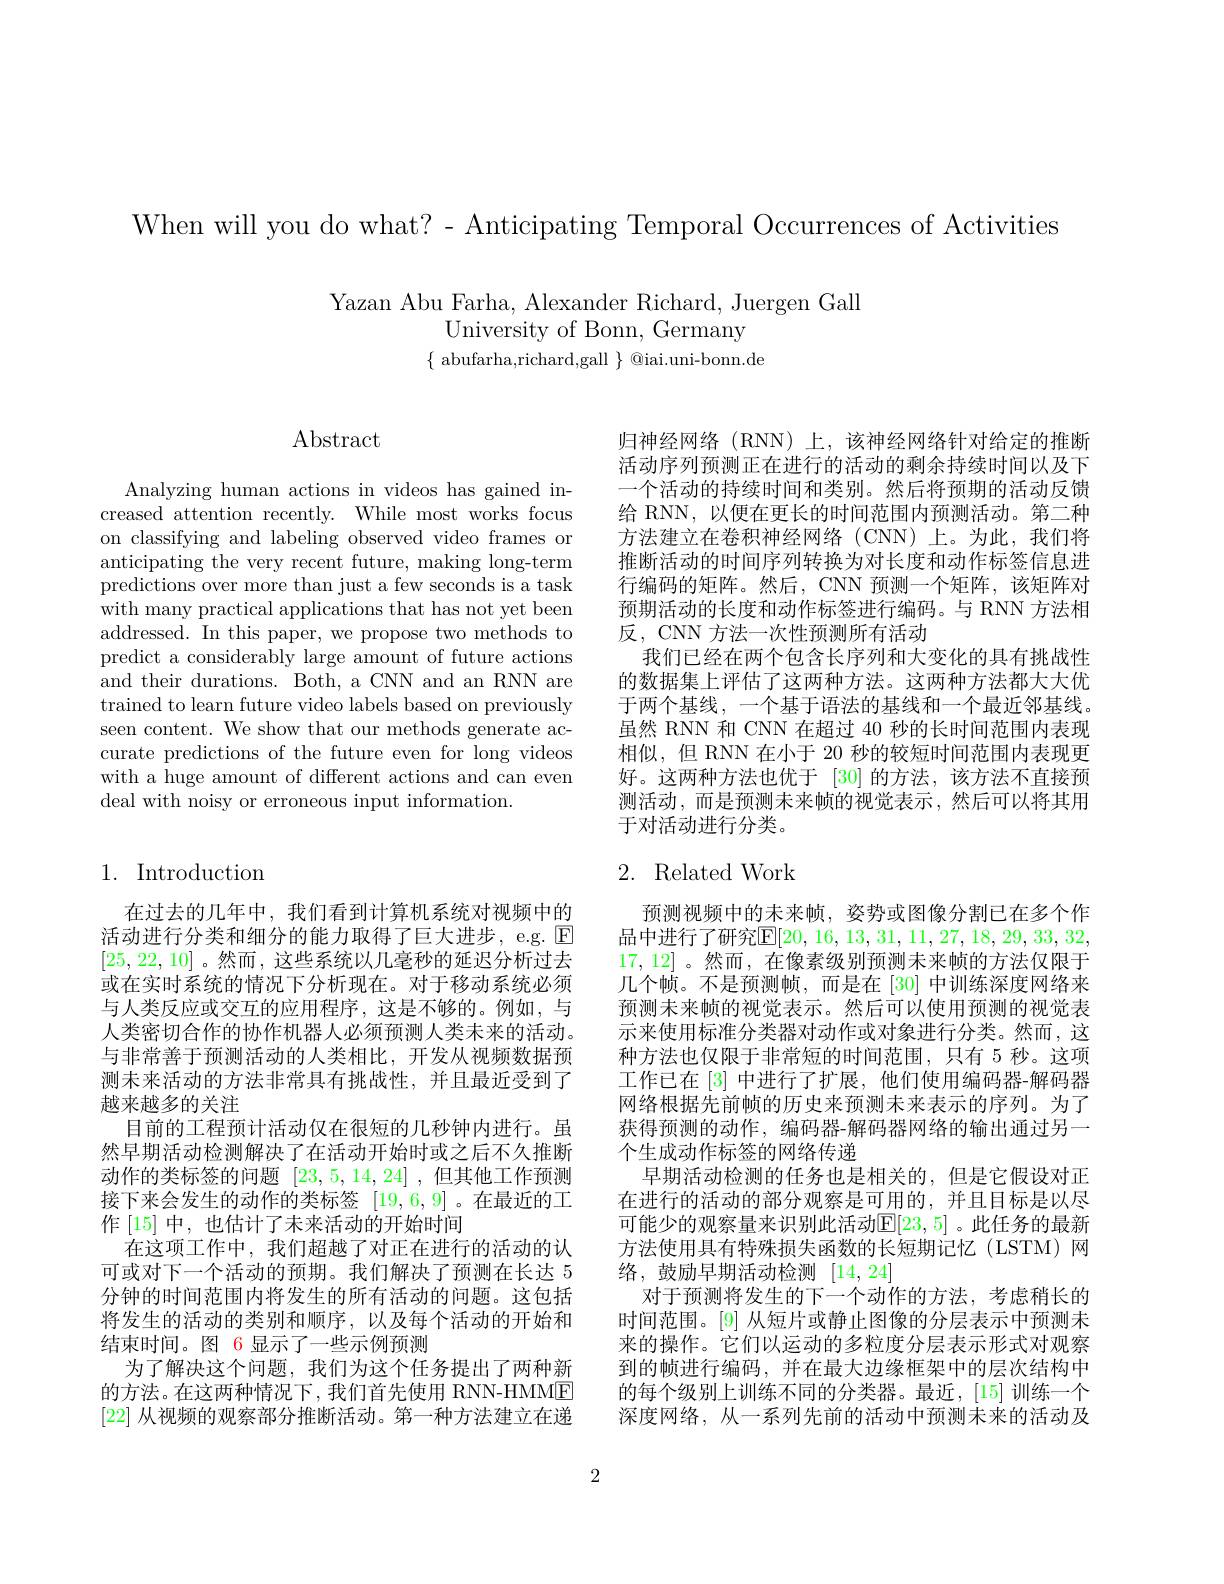
When will you do what? - Anticipating Temporal Occurrences of Activities

Yazan Abu Farha, Alexander Richard, Juergen Gall
University of Bonn, Germany
$\{$ abufarha,richard,gall $\}$ @iai.uni-bonn.de

# $\operatorname{Abstract}$

Analyzing human actions in videos has gained increased attention recently. While most works focus on classifying and labeling observed video frames or anticipating the very recent future, making long-term predictions over more than just a few seconds is a task with many practical applications that has not yet been addressed. In this paper, we propose two methods to predict a considerably large amount of future actions and their durations. Both, a CNN and an RNN are trained to learn future video labels based on previously seen content. We show that our methods generate accurate predictions of the future even for long videos with a huge amount of different actions and can even deal with noisy or erroneous input information.

# 1. Introduction

在过去的几年中，我们看到计算机系统对视频中的活动进行分类和细分的能力取得了巨大进步，e.g. $\operatorname{E}$ [25,22,10] 。然而 ,这些系统以几毫秒的延迟分析过去或在实时系统的情况下分析现在。对于移动系统必须与人类反应或交互的应用程序，这是不够的。例如，与人类密切合作的协作机器人必须预测人类未来的活动。与非常善于预测活动的人类相比，开发从视频数据预测未来活动的方法非常具有挑战性，并且最近受到了越来越多的关注
目前的工程预计活动仅在很短的几秒钟内进行。虽然早期活动检测解决了在活动开始时或之后不久推断动作的类标签的问题[23,5,14,24] ,但其他工作预测接下来会发生的动作的类标签[19,6,9] 。在最近的工作 [15] 中，也估计了未来活动的开始时间
在这项工作中，我们超越了对正在进行的活动的认可或对下一个活动的预期。我们解决了预测在长达 5分钟的时间范围内将发生的所有活动的问题。这包括将发生的活动的类别和顺序，以及每个活动的开始和结束时间。图 6 显示了一些示例预测
为了解决这个问题，我们为这个任务提出了两种新的方法。在这两种情况下，我们首先使用 RNN-HMME [22]从视频的观察部分推断活动。第一种方法建立在递

归神经网络(RNN)上，该神经网络针对给定的推断活动序列预测正在进行的活动的剩余持续时间以及下一个活动的持续时间和类别。然后将预期的活动反馈给 RNN, 以便在更长的时间范围内预测活动。第二种方法建立在卷积神经网络(CNN)上。为此，我们将推断活动的时间序列转换为对长度和动作标签信息进行编码的矩阵。然后，CNN 预测一个矩阵，该矩阵对预期活动的长度和动作标签进行编码。与 RNN 方法相反，CNN 方法一次性预测所有活动
我们已经在两个包含长序列和大变化的具有挑战性的数据集上评估了这两种方法。这两种方法都大大优于两个基线，一个基于语法的基线和一个最近邻基线。虽然 RNN 和 CNN 在超过 40 秒的长时间范围内表现相似，但 RNN 在小于 20 秒的较短时间范围内表现更好。这两种方法也优于[30]的方法，该方法不直接预测活动，而是预测未来帧的视觉表示，然后可以将其用于对活动进行分类。

# 2. Related Work

预测视频中的未来帧，姿势或图像分割已在多个作品中进行了研究$\mathbb{E}[20,16,13,31,11,27,18,29,33,32$, 17,12] 。然而，在像素级别预测未来帧的方法仅限于几个帧。不是预测帧，而是在[30]中训练深度网络来预测未来帧的视觉表示。然后可以使用预测的视觉表示来使用标准分类器对动作或对象进行分类。然而，这种方法也仅限于非常短的时间范围，只有 5 秒。这项工作已在[3]中进行了扩展，他们使用编码器-解码器网络根据先前帧的历史来预测未来表示的序列。为了获得预测的动作，编码器-解码器网络的输出通过另一个生成动作标签的网络传递
早期活动检测的任务也是相关的，但是它假设对正在进行的活动的部分观察是可用的，并且目标是以尽可能少的观察量来识别此活动$\mathbb{E}[23,5]$ 。此任务的最新方法使用具有特殊损失函数的长短期记忆(LSTM)网络，鼓励早期活动检测 [14,24]
对于预测将发生的下一个动作的方法，考虑稍长的时间范围。[9] 从短片或静止图像的分层表示中预测未来的操作。它们以运动的多粒度分层表示形式对观察到的帧进行编码，并在最大边缘框架中的层次结构中的每个级别上训练不同的分类器。最近，[15]训练一个深度网络，从一系列先前的活动中预测未来的活动及

2